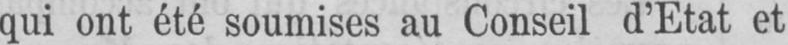
qui ont été soumises au Conseil d’Etat et